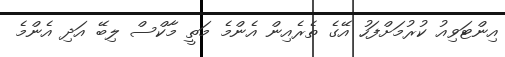
އިންޓަވިއު ކުރުމަށްފަހު އޭގެ ތެރެއިން އެންމެ މަތީ މާކްސް ލިބޭ އަދި އެންމެ